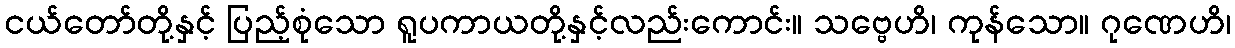
ငယ်တော်တို့နှင့် ပြည့်စုံသော ရူပကာယတို့နှင့်လည်းကောင်း။ သဗ္ဗေဟိ၊ ကုန်သော။ ဂုဏေဟိ၊